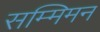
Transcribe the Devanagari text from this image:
सम्मिमन